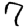
Digit: 7